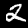
Digit: 2